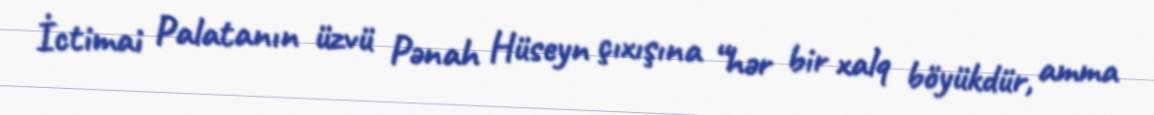
İctimai Palatanın üzvü Pənah Hüseyn çıxışına “hər bir xalq böyükdür, amma